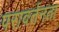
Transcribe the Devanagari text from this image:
परावर्तनता